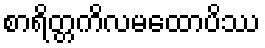
စာရိတ္တကိလမထောပိဿ